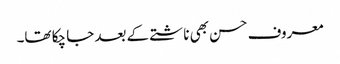
معروف حسن بھی ناشتے کے بعد جا چکا تھا۔